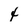
Character: 4